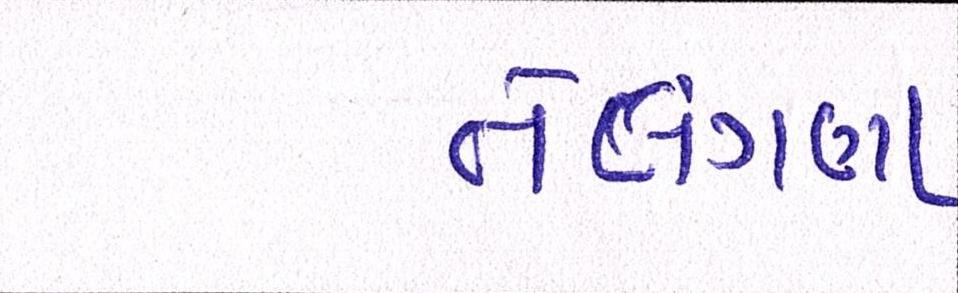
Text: તેલંગણા